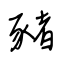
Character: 豬